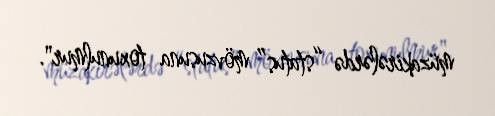
müzakirələrdə “status” mövzusuna toxunulmur".